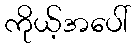
ကိုယ့်အပေါ်